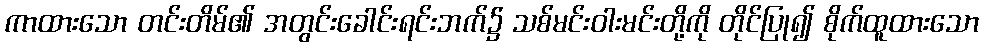
ကာထားသော တင်းတိမ်၏ အတွင်းခေါင်းရင်းဘက်၌ သစ်မင်းဝါးမင်းတို့ကို တိုင်ပြု၍ စိုက်ထူထားသော